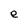
Character: e